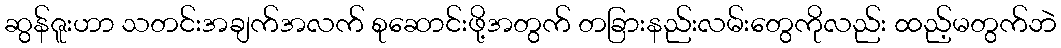
ဆွန်ဇူးဟာ သတင်းအချက်အလက် စုဆောင်းဖို့အတွက် တခြားနည်းလမ်းတွေကိုလည်း ထည့်မတွက်ဘဲ